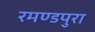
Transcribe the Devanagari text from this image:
रमण्डपुरा